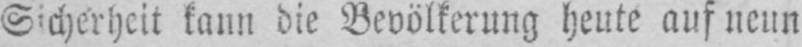
Sicherheit kann die Bevölkerung heute auf neun